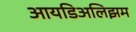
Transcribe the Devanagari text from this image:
आयडिअलिझम